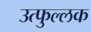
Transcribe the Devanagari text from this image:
उत्‍फुल्‍लक